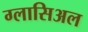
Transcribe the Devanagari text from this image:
ग्लासिअल